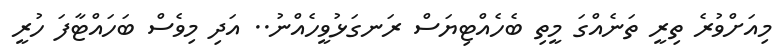
މިއަށްވުރެ ތިރީ ތަނެއްގަ މީތި ބެހެއްޓިޔަސް ރަނގަޅުވީހެއްނު.. އަދި މިވެސް ބަހައްޓާފަ ހުރީ